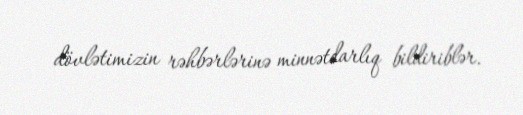
dövlətimizin rəhbərlərinə minnətdarlıq bildiriblər.